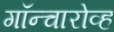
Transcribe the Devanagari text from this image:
गॉन्चारोव्ह